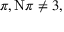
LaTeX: \pi , \mathrm { N } \pi \neq 3 ,